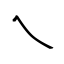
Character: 乀